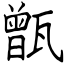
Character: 甑